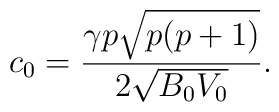
c_0 = \frac{\gamma p\sqrt{p(p+1)}}{2\sqrt{B_0 V_0}}.